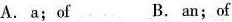
A. a;of B. an;of